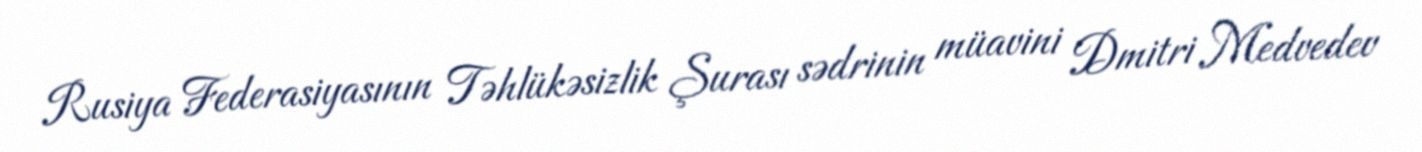
Rusiya Federasiyasının Təhlükəsizlik Şurası sədrinin müavini Dmitri Medvedev